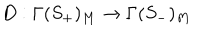
D : \Gamma ( S _ { + } ) _ { M } \rightarrow \Gamma ( S _ { - } ) _ { M }